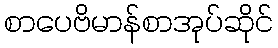
စာပေဗိမာန်စာအုပ်ဆိုင်